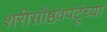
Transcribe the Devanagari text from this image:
शरीसौष्ठवपटूंच्या